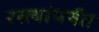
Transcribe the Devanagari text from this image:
रस्त्यांपर्यंत